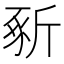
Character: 𣂡